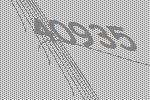
40935